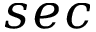
s e c